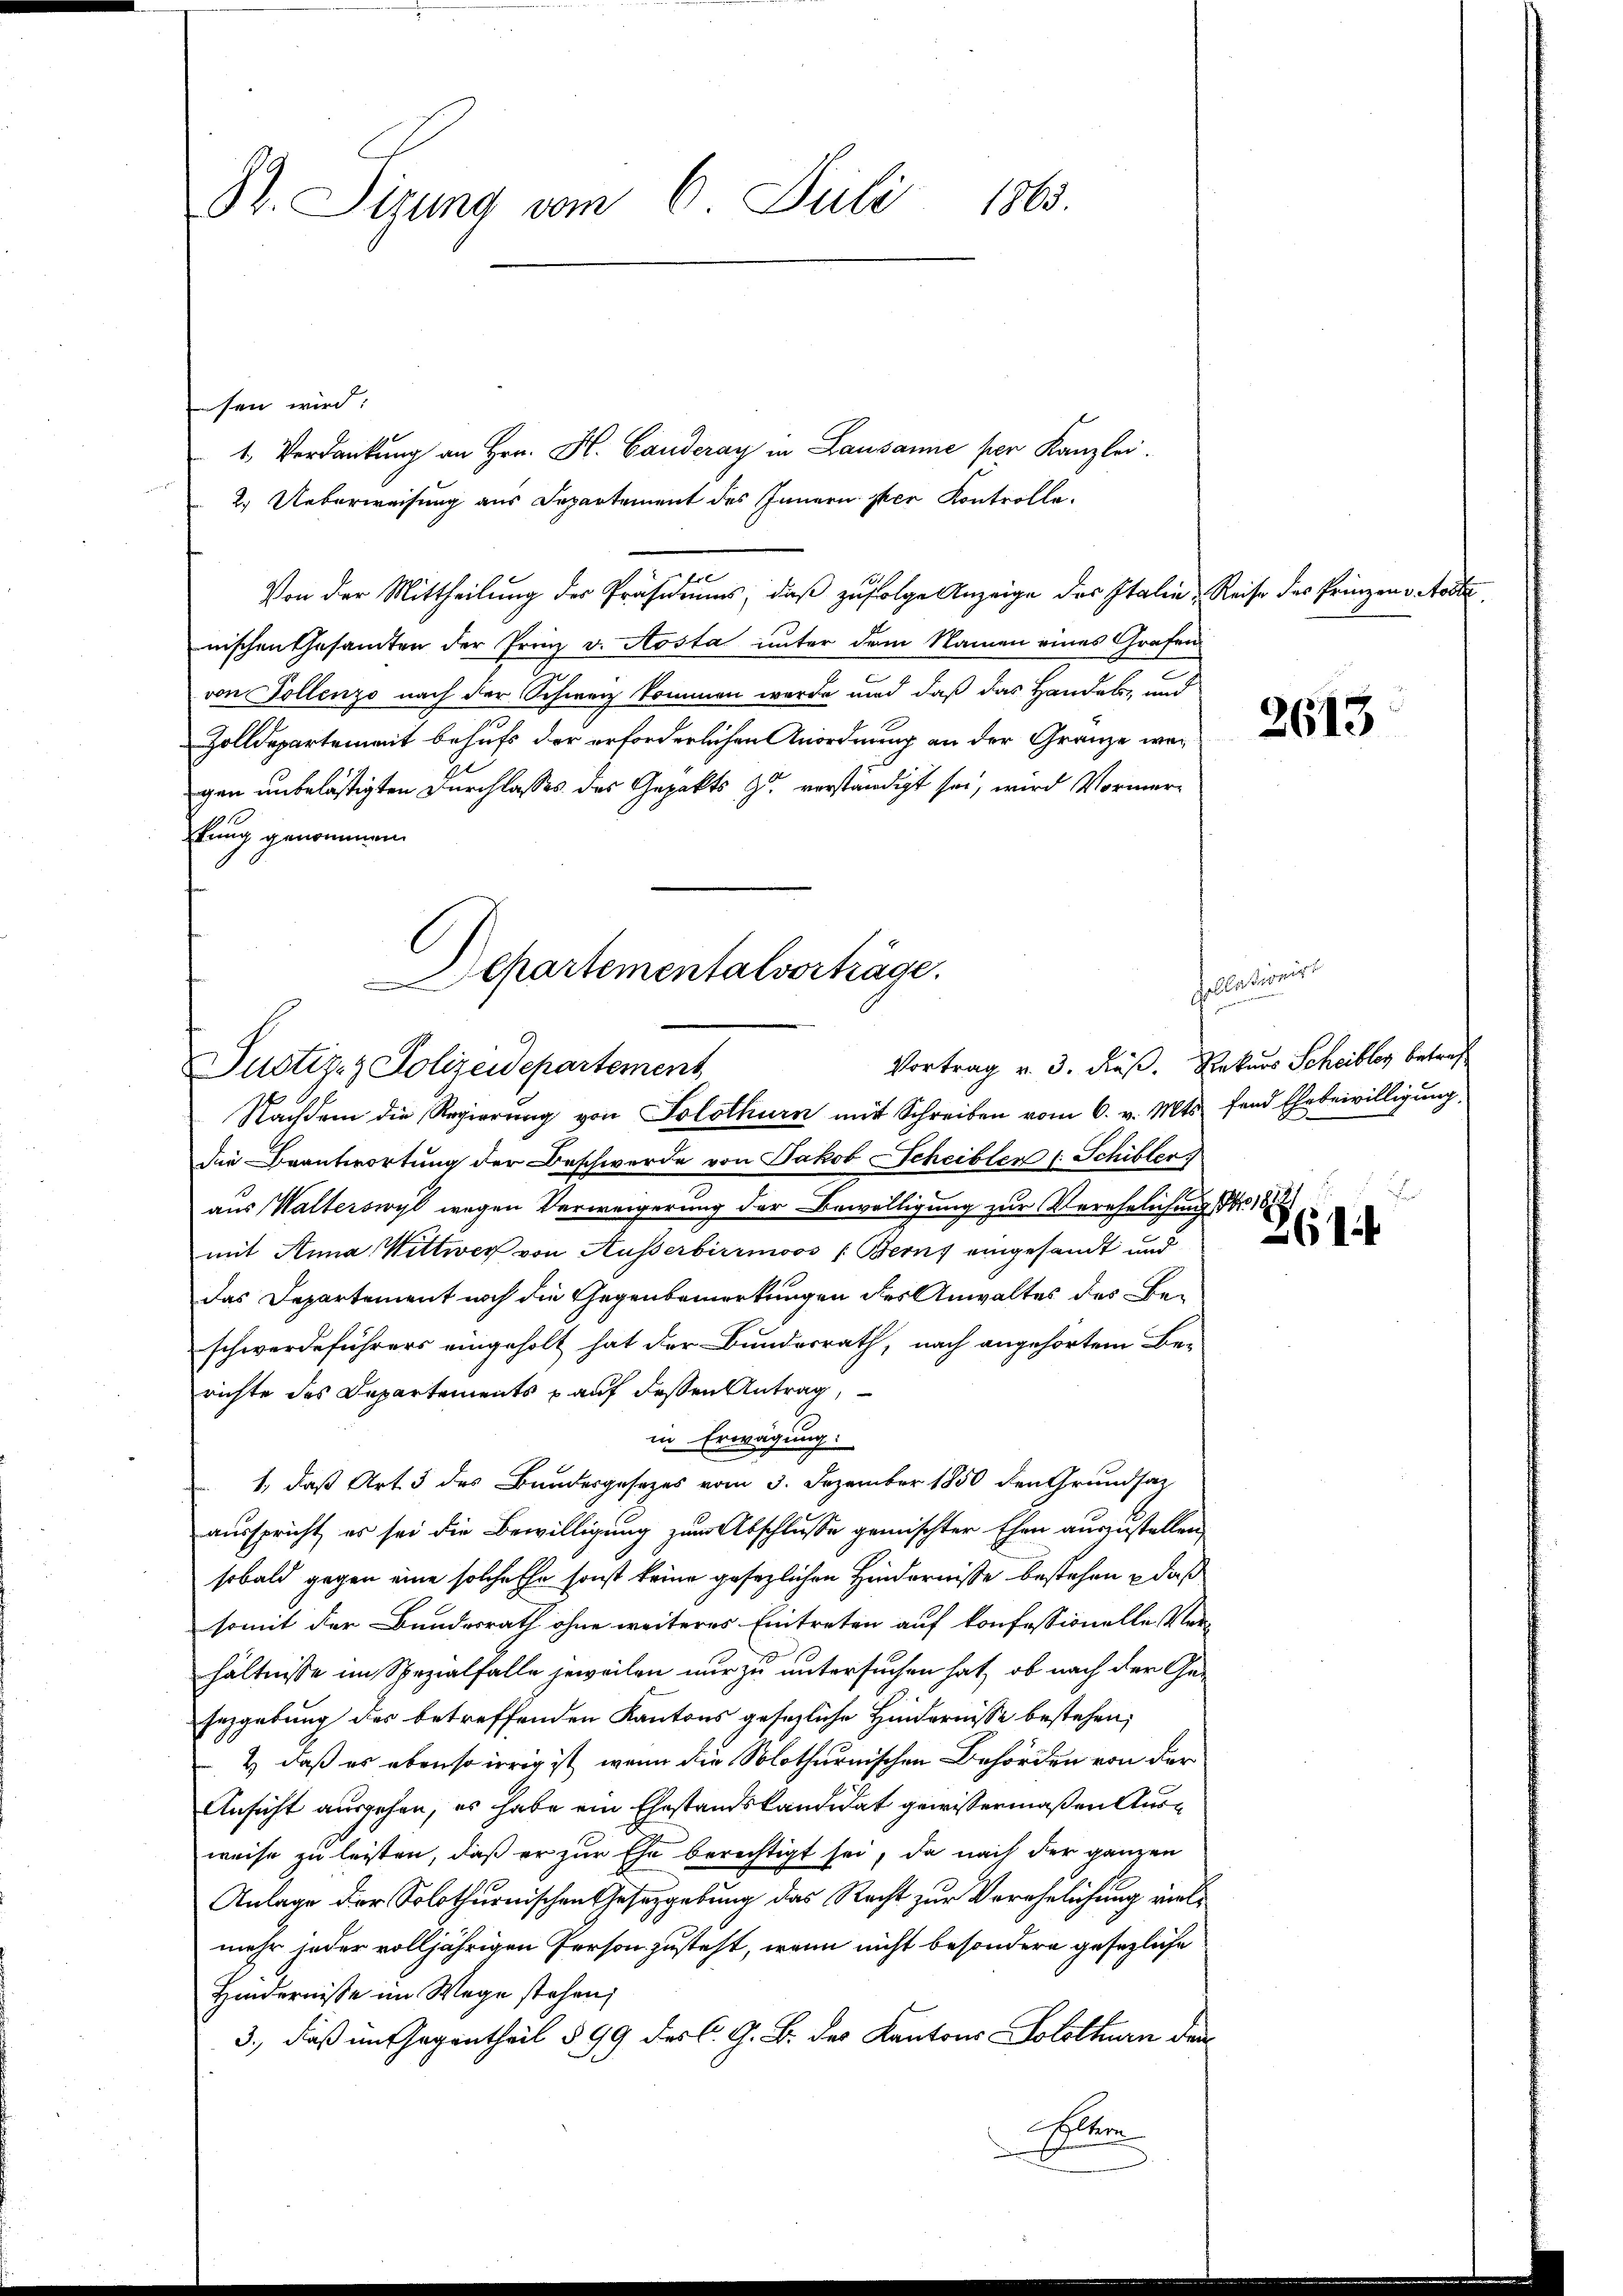
St. Sizung vom 6. Juli 1863.

sen wird:
1. Verdankung an Hrn. H. Canderay in Lausanne per Kanzlei.
2.) Ueberweisung aus Departement des Innern ster Kontrolle.
Von der Mittheilung der Präsidiums, daß zufolge Anzeige des Italie, Reise des Prinzen Note
nischen Gesamten der Prinz v. Aosta unter dem Namen eines Grafen
von Sollenzo nach der Schweiz kommen werde und daß das Handels- und
Zolldepartement behufs der erforderlichen Anordnung an der Granze wegen unbelästigten Durchlasses des Gepakts zu verständigt sei, wird Vormertung genommen.
Departementalverträge.

Vortrag v. 3. Fuß. Rekurs Scheiblos betreff
Justiz- & Polizeidepartement
Nachdem die Regierung von Solothurn mit Schreiben vom 6. v. Mts. fand Ehebewilligung

die Beantwortung der Beschwerde von Jakob Scheibler (: Schibler
aus Walterswyl wegen Verweigerung der Bewilligung zur Verehelichung Nr. 18
mit Anna Wittwer von Ausserbirrmoos (Berns eingesandt und
Das Departement noch die Gegenbemerkungen des Anwaltes des Beschwerdeführers eingeholt hat der Bundesrath, nach angehörtem Be-
richte des Departements auf dessen Antrag,
in Erwägung:
1., daß Art. 3 des Bundesgesezes vom 3. Dezember 1850 den Grundsat
ausspricht, es sei die Bewilligung zum Abschlusse gemischter Ehen auszustellen
sobald gegen eine solche Ehe sonst keine gesezlichen Hindernisse bestehen, daß
somit der Bundesrath ohne weiteres Eintreten auf konfessionelle Ver-
hältnisse im Spezialfalle jeweilen nur zu untersuchen hat, ob nach der Ge-
sezgebung des betreffenden Kantons gesezliche Hindernisse bestehen,
& daß es ebenso irrig ist, wenn die Solothurnischen Behörden von der
Ansicht ausgehen, es habe ein Ehestandskandidat gewissermaßen Ausweise zu leisten, daß er zur Ehe berechtigt sei, da nach der ganzen
Anlage der Solothurnischen Gesetzgebung das Recht zur Verehelichung vielmehr jeder volljährigen Person zusteht, wenn nicht besondere gesezliche
Hindernisse im Wege stehen;
3., daß im Gegentheil § 99 des C. G. B. des Kantons Solothurn den
selben

sociationir

2613

61